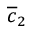
\overline { { c } } _ { 2 }